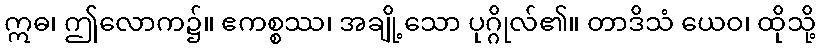
ဣဓ၊ ဤလောက၌။ ဧကစ္စဿ၊ အချို့သော ပုဂ္ဂိုလ်၏။ တာဒိသံ ယေဝ၊ ထိုသို့